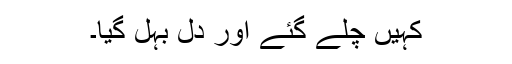
کہیں چلے گئے اور دل بہل گیا۔